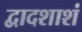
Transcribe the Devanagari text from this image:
द्वादशाशं